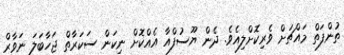
ތުންފަތް މައްޗަށް ވެރިކޮށްލިއެވެ. ދެން ޔޫސުފްއާ އެއްކޮަށް ނިކަން ސަކަރާތް ޖަހާބަަލަ ނަވާރް